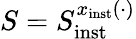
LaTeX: S=S_{\mathrm{inst}}^{x_{\mathrm{inst}}(\cdot)}